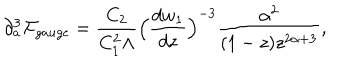
\partial _ { a } ^ { 3 } { \cal F } _ { g a u g e } = \frac { C _ { 2 } } { C _ { 1 } ^ { 2 } \Lambda } \Big ( \frac { d w _ { 1 } } { d z } \Big ) ^ { - 3 } \frac { \alpha ^ { 2 } } { ( 1 - z ) z ^ { 2 \alpha + 3 } } ,